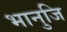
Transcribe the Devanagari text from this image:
भानुजि